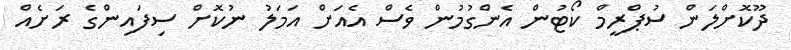
ދޫކޮށްލަން ސުޕްރީމް ކޯޓުން އެންގުމުން ވެސް އެއަށް އަމަލު ނުކޮށް ސިފައިންގެ ރަށެއް